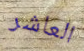
العاشر